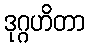
ဒုဂ္ဂဟိတာ